Report on vaccination in Madras 1895-1903 - 1895-1903
Year: 1895
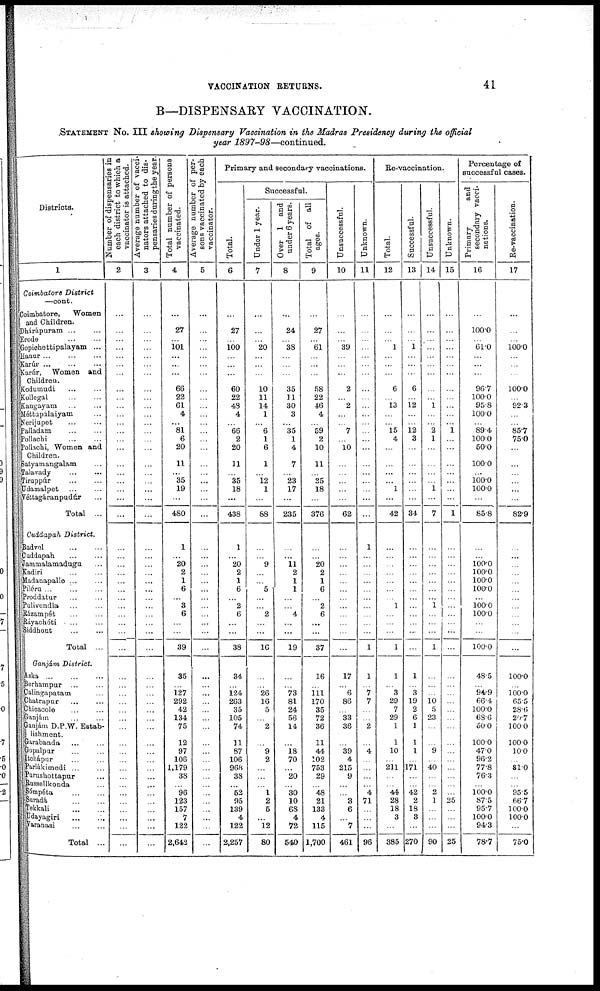
VACCINATION RETURNS.
41
B—DISPENSARY VACCINATION.
STATEMENT No. III showing Dispensary Vaccination in the Madras Presidency during the official
year 1897-98—continued.
Districts.
1
Coimbatore District
—cont.
Coimbatore,
Women
and Children.
Dhárápuram ... ...
Erode
...
...
Gopichettipalayam ...
Hanur
...
...
...
Karúr ... ... ...
Karúr, Women and
Children.
Kodumudi ... ...
Kollegal
...
...
Kangayam ... ...
Méttupálaiyam ...
Nerijupet ... ...
Palladam
...
...
Pollachi
...
...
Pollachi, Women and
Children.
Satyamangalam ...
Talavady ... ...
Tiruppúr ... ...
Udamalpet ... ...
Véttagáranpudúr ...
Total ...
Cuddapah District.
Badvel
...
...
Cuddapah
...
...
Jammalamadugu ...
Kadiri ... ...
Madanapalle ... ...
Píléru
...
...
...
Proddatur ... ...
Pulivendla ... ...
Rázampét ... ...
Ráyachóti ... ...
Siddhout ... ...
Total ...
Gamjám District.
Aska ... ... ...
Berhampur ... ...
Calingapatam ...
Chatrapur ... ...
Chicacole ... ...
Ganjám ... ...
Ganjám D.P.W. Estab-
lishment.
Garabanda ... ...
Gopalpur ... ...
Itchápur ... ...
Parlákimedi ... ...
Purushottapur ...
Russellkonda ...
Sómpéta
...
...
Suradà ... ...
Tekkali
...
...
Udayagiri ... ...
Varanasi
...
...
Total ...
Number of dispensaries in
each district to which a
vaccinator is attached.
2
...
...
...
...
...
...
...
...
...
...
...
...
...
...
...
...
...
...
...
...
...
...
...
...
...
...
...
...
...
...
...
...
...
...
...
...
...
...
...
...
...
...
...
...
...
...
...
...
...
...
...
...
Average number of vacci-
nators attached to dis-
pensaries during the year.
3
...
...
...
...
...
...
...
...
...
...
...
...
...
...
...
...
...
...
...
...
...
...
...
...
...
...
...
...
...
...
...
...
...
...
...
...
...
...
...
...
...
...
...
...
...
...
...
...
...
...
...
...
Total number of persons
vaccinated.
4
...
27
...
101
...
...
...
66
22
61
4
...
81
6
20
11
...
35
19
...
480
1
...
20
2
1
6
...
3
6
...
...
39
35
...
127
292
42
134
75
12
97
106
1,179
38
...
96
123
157
7
122
2,642
Average number of per-
sons vaccinated by each
vaccinator.
5
...
...
...
...
...
...
...
...
...
...
...
...
...
...
...
...
...
...
...
...
...
...
...
...
...
...
...
...
...
...
...
...
...
...
...
...
...
...
...
...
...
...
...
...
...
...
...
...
...
...
...
...
Primary and secondary vaccinations.
Total.
6
...
27
...
100
...
...
...
60
22
48
4
...
66
2
20
11
...
35
18
...
438
1
...
20
2
1
6
...
2
6
...
...
38
34
...
124
263
35
105
74
11
87
106
968
38
...
52
95
139
4
122
2,257
Successful.
Under 1 year.
7
...
...
...
20
...
...
...
10
11
14
1
...
6
1
6
1
...
12
1
...
88
...
...
9
...
...
5
...
...
2
...
...
16
...
...
26
16
5
...
2
...
9
2
...
...
...
1
2
5
...
12
80
Over 1 and
under 6 years.
8
...
24
...
38
...
...
...
35
11
30
3
...
35
1
4
7
...
23
17
...
235
...
...
11
2
1
1
...
...
4
...
...
19
...
...
73
81
24
56
14
...
18
70
...
20
...
30
10
68
4
72
540
Total of all
ages.
9
...
27
...
61
...
...
...
58
22
46
4
...
59
2
10
11
...
35
18
...
376
...
...
20
2
1
6
...
2
6
...
...
37
16
...
111
170
35
72
36
11
44
102
753
29
...
48
21
133
4
115
1,700
Unsuccessful.
10
...
...
...
39
...
...
...
2
...
2
...
...
7
...
10
...
...
...
...
...
62
...
...
...
...
...
...
...
...
...
...
...
...
17
...
6
86
...
33
36
...
39
4
215
9
...
...
3
6
...
7
461
Unknown.
11
...
...
...
...
...
...
...
...
...
...
...
...
...
...
...
...
...
...
...
...
...
1
...
...
...
...
...
...
...
...
...
...
1
1
...
7
7
...
...
2
...
4
...
...
...
...
4
71
...
...
...
96
Re-vaccination.
Total.
12
...
...
...
1
...
...
...
6
...
13
...
...
15
4
...
...
...
...
1
...
42
...
...
...
...
...
...
...
1
...
...
...
1
1
...
3
29
7
29
1
1
10
...
211
...
...
44
28
18
3
...
385
Successful.
13
...
...
...
1
...
...
...
6
...
12
...
...
12
3
...
...
...
...
...
...
34
...
...
...
...
...
...
...
...
...
...
...
...
1
...
3
19
2
6
1
1
1
...
171
...
...
42
2
18
3
...
270
Unsuccessful.
14
...
...
...
...
...
...
...
...
...
1
...
...
2
1
...
...
...
...
1
...
7
...
...
...
...
...
...
...
1
...
...
...
1
...
...
...
10
5
23
...
...
9
...
40
...
...
2
1
...
...
...
90
Unknown.
15
...
...
...
...
...
...
...
...
...
...
...
...
1
...
...
...
...
...
...
...
1
...
...
...
...
...
...
...
...
...
...
...
...
...
...
...
...
...
...
...
...
...
...
...
...
...
...
25
...
...
...
25
Percentage of
successful cases.
Primary
and
secondary vacci-
nations.
16
...
100.0
...
61.0
...
...
...
96.7
100.0
95.8
100.0
...
89.4
100.0
50.0
100.0
...
100.0
100.0
...
85.8
...
...
100.0
100.0
100.0
100.0
...
100.0
100.0
...
...
100.0
48.5
...
94.9
66.4
100.0
68.6
50.0
100.0
47.0
96.2
77.8
76.3
...
100.0
87.5
95.7
100.0
94.3
78.7
Re-vaccination.
17
...
...
...
100.0
...
...
...
100.0
...
92.3
...
...
85.7
75.0
...
...
...
...
...
...
82.9
...
...
...
...
...
...
...
...
...
...
...
...
100.0
...
100.0
65.5
28.6
20.7
100.0
100.0
10.0
...
81.0
...
...
95.5
66.7
100.0
100.0
...
75.0